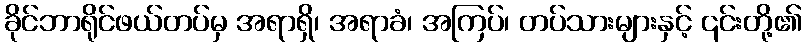
ခိုင်ဘာရိုင်ဖယ်တပ်မှ အရာရှိ၊ အရာခံ၊ အကြပ်၊ တပ်သားများနှင့် ၎င်းတို့၏